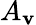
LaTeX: A_{\mathbf{v}}